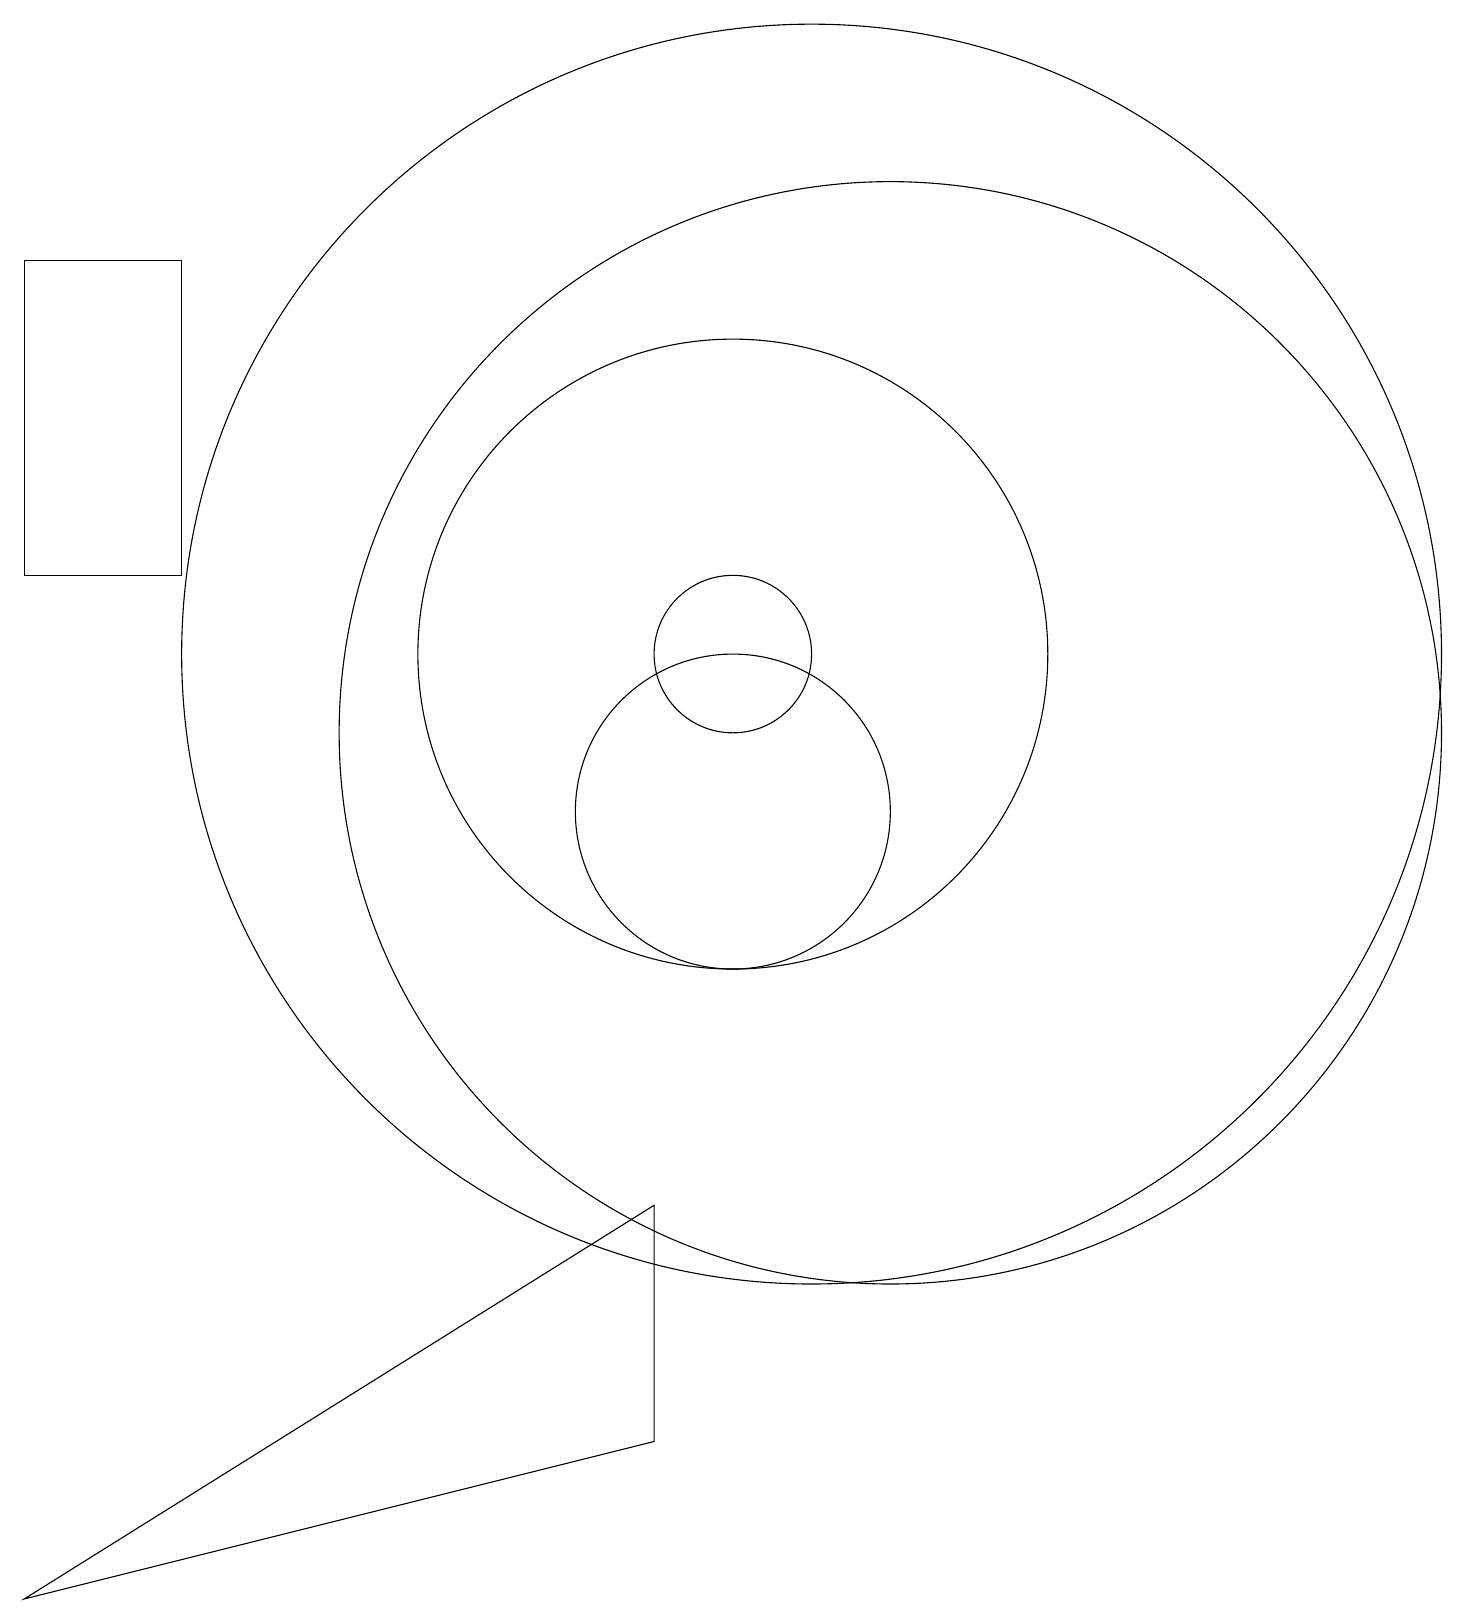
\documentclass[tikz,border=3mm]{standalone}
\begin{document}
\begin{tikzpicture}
\draw (1,0) -- (9,5) -- (9,2) -- cycle;
\draw (12,11) circle (7);
\draw (10,12) circle (4);
\draw (10,10) circle (2);
\draw (3,13) rectangle (1,17);
\draw (11,12) circle (8);
\draw (10,12) circle (1);
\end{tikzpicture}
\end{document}